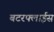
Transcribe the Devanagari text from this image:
बटरफ्लाईस